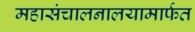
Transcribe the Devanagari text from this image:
महासंचालनालयामार्फत